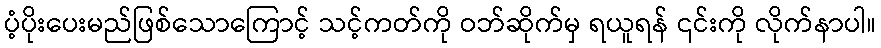
ပံ့ပိုးပေးမည်ဖြစ်သောကြောင့် သင့်ကတ်ကို ဝဘ်ဆိုက်မှ ရယူရန် ၎င်းကို လိုက်နာပါ။